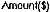
AMOUNT($)